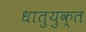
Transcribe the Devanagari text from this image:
धातुयुक्त